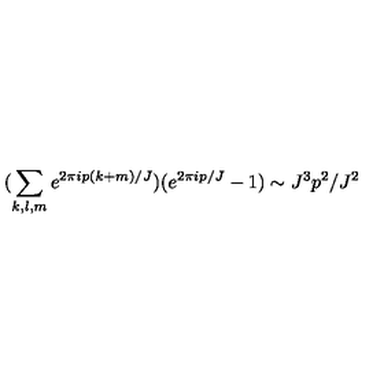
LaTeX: ( \sum _ { k , l , m } e ^ { 2 \pi i p ( k + m ) / J } ) ( e ^ { 2 \pi i p / J } - 1 ) \sim J ^ { 3 } p ^ { 2 } / J ^ { 2 }